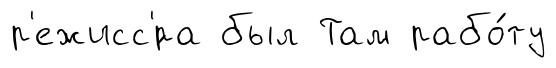
р'ежисс'́ра был Там рабо́ту